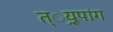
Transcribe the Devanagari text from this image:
त््रयूपांग